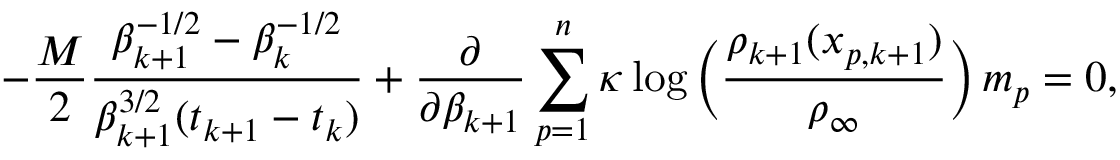
- \frac { M } { 2 } \frac { \beta _ { k + 1 } ^ { - 1 / 2 } - \beta _ { k } ^ { - 1 / 2 } } { \beta _ { k + 1 } ^ { 3 / 2 } ( t _ { k + 1 } - t _ { k } ) } + \frac { \partial } { \partial \beta _ { k + 1 } } \sum _ { p = 1 } ^ { n } \kappa \log \Big ( \frac { \rho _ { k + 1 } ( x _ { p , k + 1 } ) } { \rho _ { \infty } } \Big ) \, m _ { p } = 0 ,